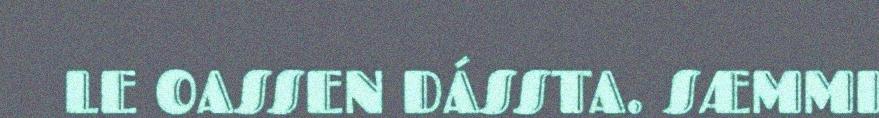
LE OASSEN DÁSSTA. SÆMMI